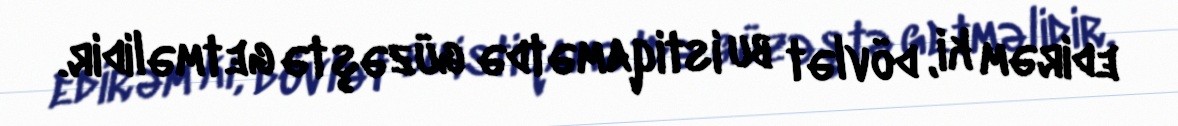
edirəm ki, dövlət bu istiqamətdə güzəştə getməlidir.